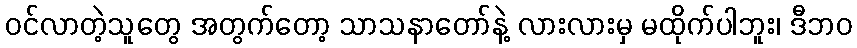
ဝင်လာတဲ့သူတွေ အတွက်တော့ သာသနာတော်နဲ့ လားလားမှ မထိုက်ပါဘူး၊ ဒီဘဝ